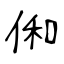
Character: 俰